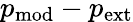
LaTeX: p_{\mathrm{mod}}-p_{\mathrm{ext}}